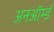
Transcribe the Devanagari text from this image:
अनऑर्म्ड